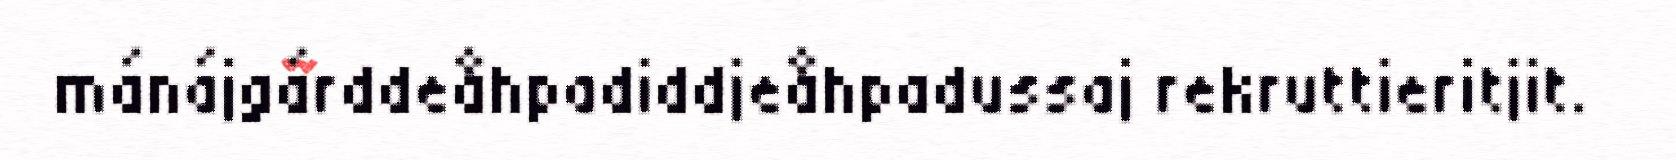
mánájgárddeåhpadiddjeåhpadussaj rekruttieritjit.